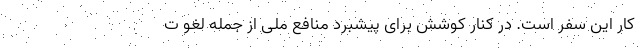
کار این سفر است. در کنار کوشش برای پیشبرد منافع ملی از جمله لغو ت